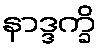
နာဒ္ဒက္ခိ